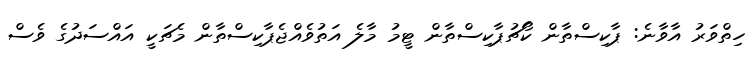
ހިތްވަރު އާވާނެ: ޕާކިސްތާން ކޯޗުޕާކިސްތާން ޓީމު މާލެ އަތުވެއްޖެޕާކިސްތާން މެޗަކީ އައްސަދުގެ ވެސް